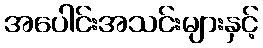
အပေါင်းအသင်းများနှင့်